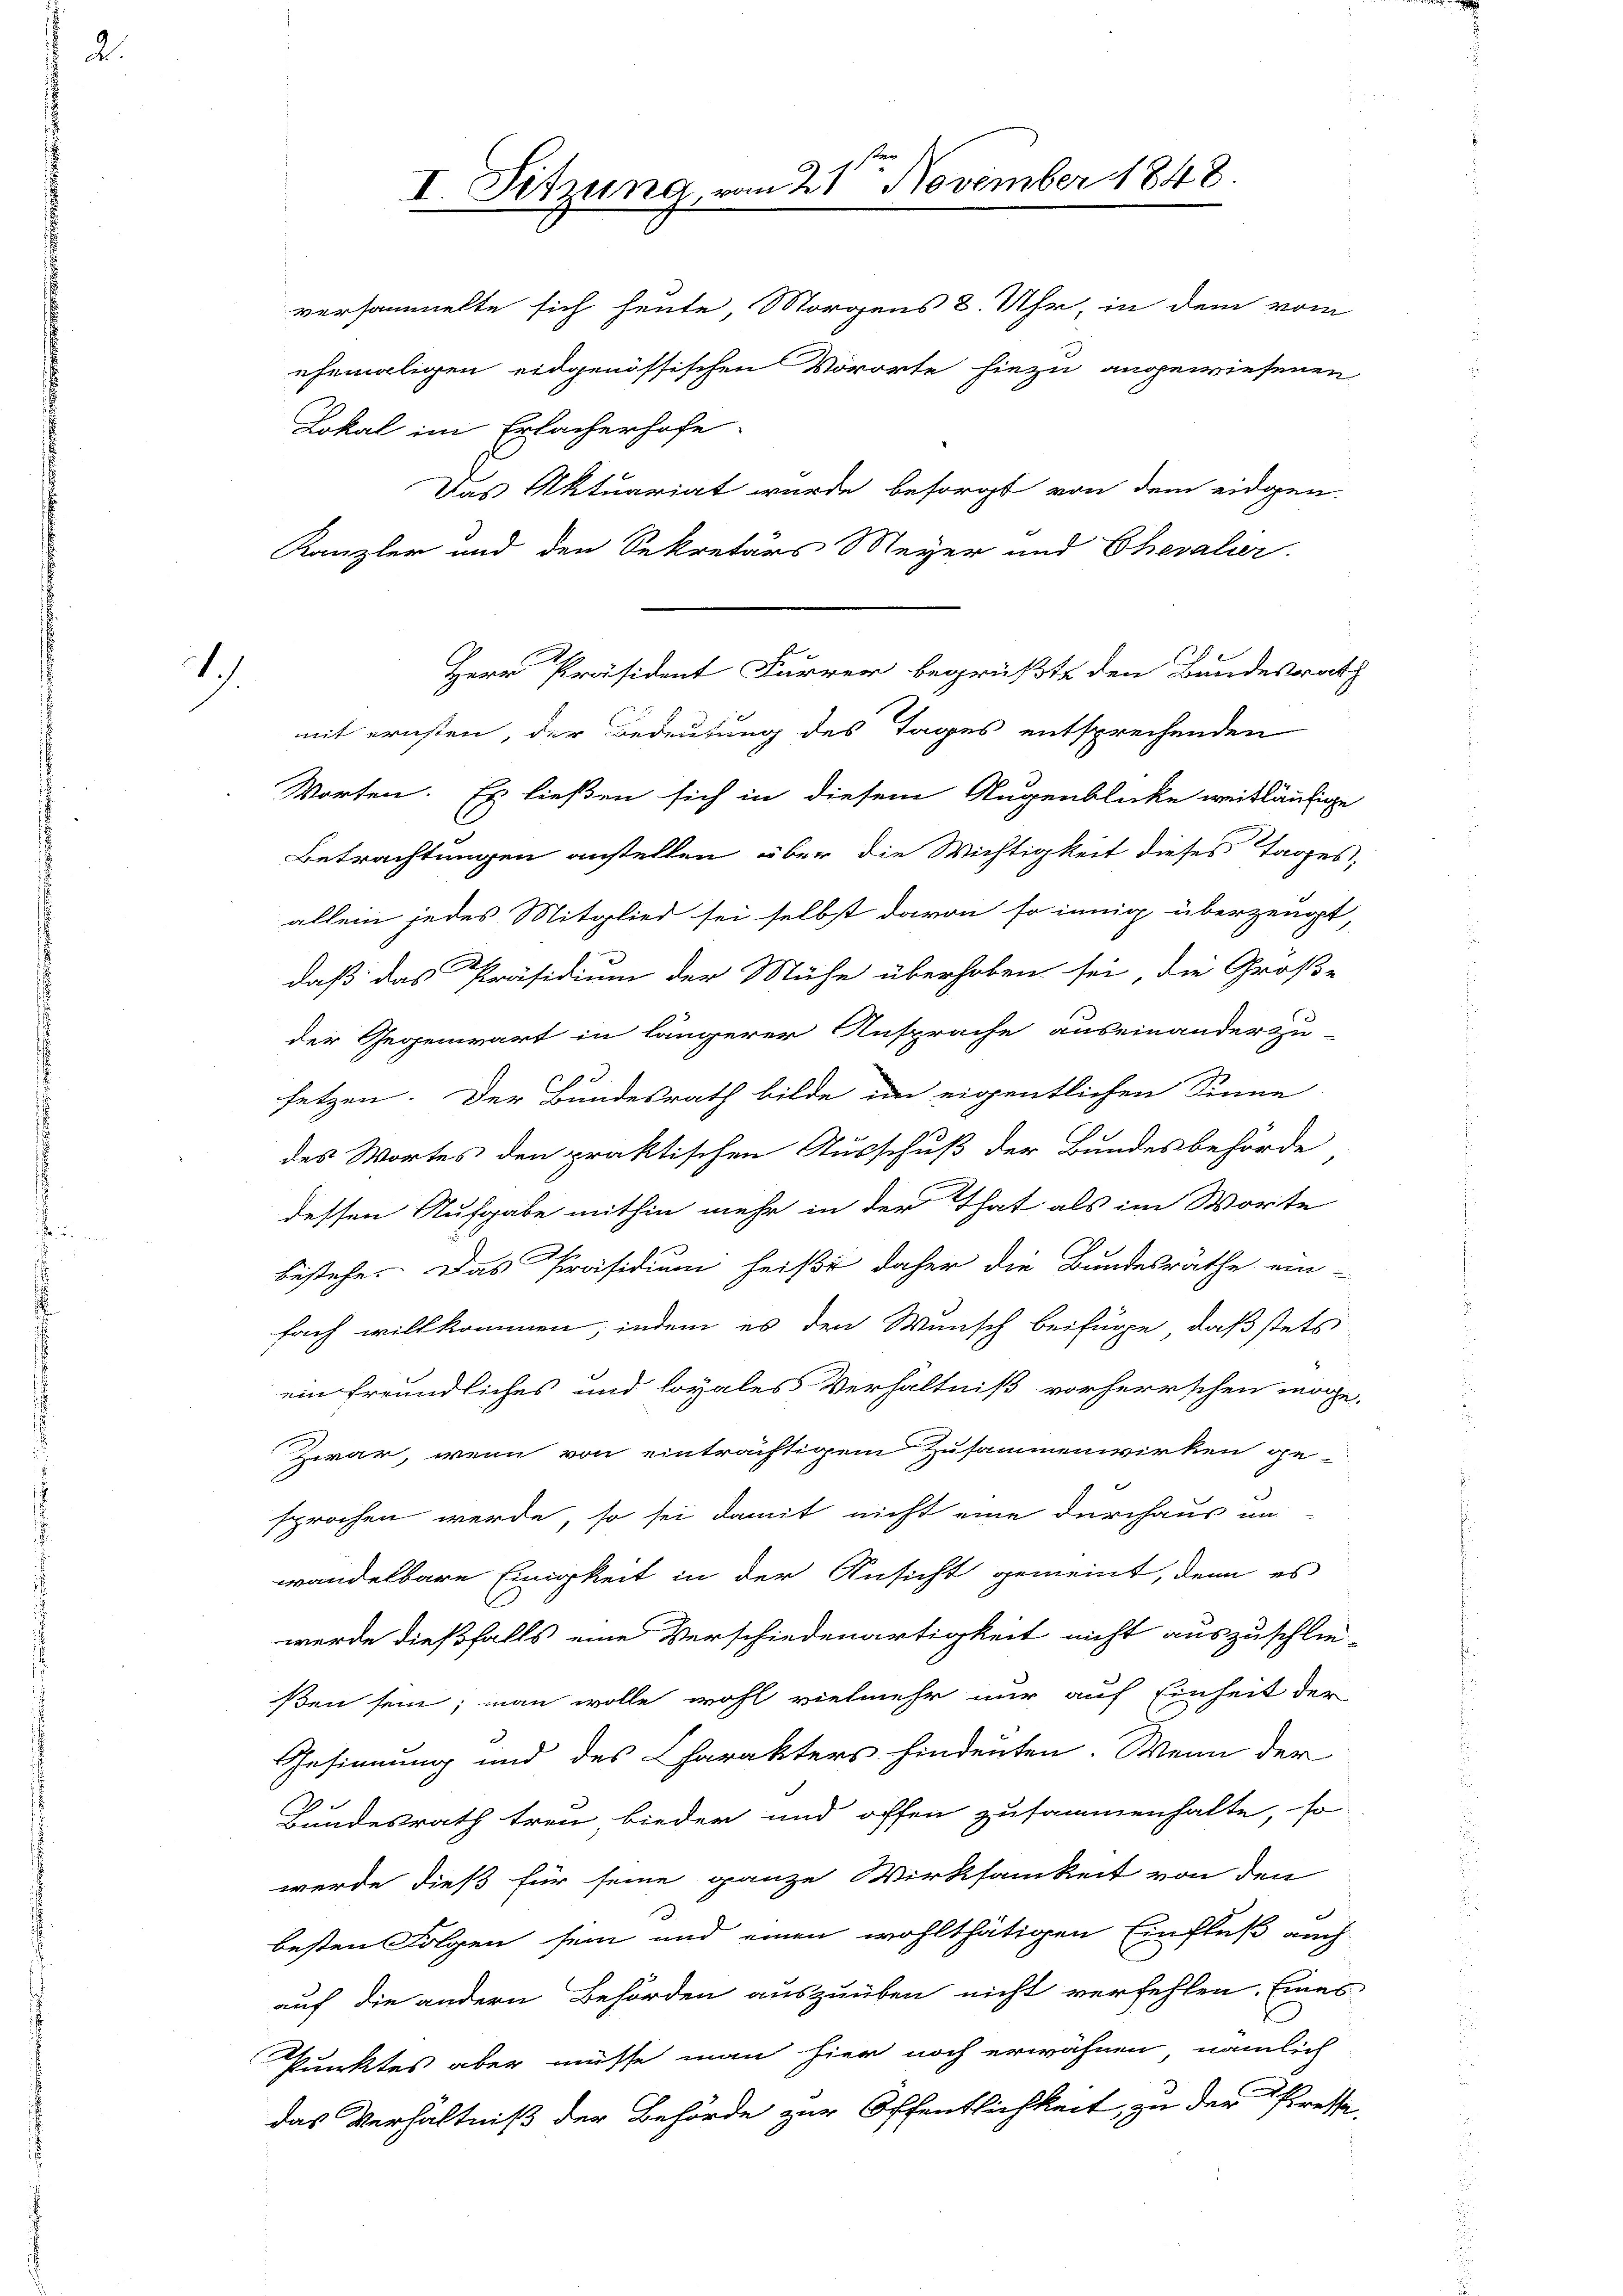
2

1.)

Lokal im Erlacherhofe
Das Aktuariat wurde besorgt von dem eidgen.
Kanzler und den Sekretärs Meyer und Chevalier.
Herr Präsident Furrer begrüßte den Bundesrat
mit ernsten, der Bedeutung des Tages entsprechenden
Worten. Es ließen sich in diesem Augenblicke weitläufige
Betrachtungen anstellen über die Wichtigkeit dieses Tages
allein jedes Mitglied sei selbst davon so innig überzeugt,
daß das Präsidium der Mühe überhoben sei, die Große
der Gegenwart in längerer Ansprache auseinanderzu-
setzen. Der Bundesrath bilde in eigentlichen Sinne
des Wortes den praktischen Ausschuß der Bundesbehörde
dessen Aufgabe mithin mehr in der That als im Worte
bestehe. Das Präsidium heiße daher die Bundesräthe ein-
fach willkommen, indem es den Wunsch beifüge, daß stets
ein freundliches und loyales Verhältniß vorherrschen möge
Zwar, wenn von einträchtigem Zusammenwirken ge-
sprochen werde, so sei damit nicht eine durchaus un
wandelbare Einigkeit in der Ansicht gemeint, denn es
werde dießfalls eine Verschiedenartigkeit nicht auszuschlie-
ßen sein; man wolle wohl vielmehr nur auf Einheit der
Gesinnung und des Charakters hindeuten. Wenn der
Hundesrath treu bieder und offen zusammenhalte, so
werde dieß für seine ganze Wirksamkeit von den
besten Folgen sein und einen wohlthätigen Einfluß auch
auf die andern Behörden auszuüben nicht verfehlen. Eines
Punktes aber müsse man hier noch erwähnen, nämlich
das Verhältniß der Behörde zur Öffentlichkeit, zu der Presse-

I. Sitzung, vom 21 November 1848.

versammelte sich heute, Morgens 8. Uhr, in dem vom
ehemaligen eidgenössischen Vororte hiezu angewiesenen